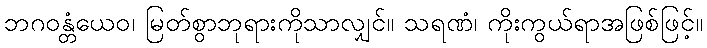
ဘဂဝန္တံယေဝ၊ မြတ်စွာဘုရားကိုသာလျှင်။ သရဏံ၊ ကိုးကွယ်ရာအဖြစ်ဖြင့်။